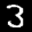
Digit: 3